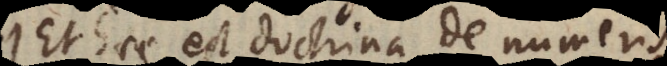
Et haec est doctrina de numeris